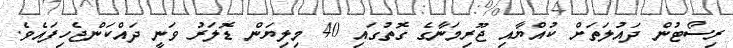
ރިސޯޓުން ދައުލަތަށް ކުއްޔާއި ޖޫރިމަނާގެ ގޮތުގައި 40 މިލިޔަން ޑޮލަރު ވަނީ ދައްކަންޖެހިފައެވެ.